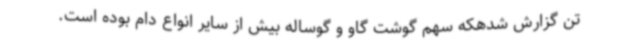
تن گزارش شدهکه سهم گوشت گاو و گوساله بیش از سایر انواع دام بوده است.